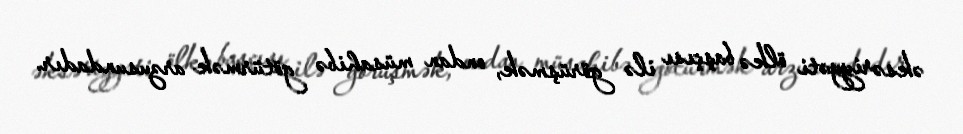
əksəriyyəti ölkə başçısı ilə görüşmək, ondan müsahibə götürmək arzusundadır.